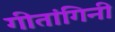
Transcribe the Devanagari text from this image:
गीतांगिनी